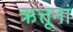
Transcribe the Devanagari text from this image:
ऋत्तूनां